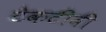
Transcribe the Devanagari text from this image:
टेकटीवी